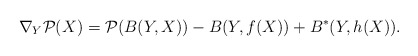
\begin{align*}\nabla_Y \mathcal{P}(X) =\mathcal{P}(B(Y,X)) - B(Y,f(X)) + B^*(Y,h(X)).\end{align*}